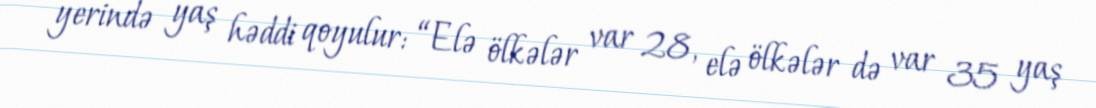
yerində yaş həddi qoyulur: “Elə ölkələr var 28, elə ölkələr də var 35 yaş